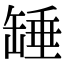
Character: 䍋